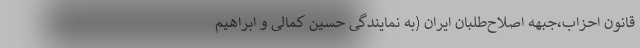
قانون احزاب،جبهه اصلاح‌طلبان ایران (به نمایندگی حسین کمالی و ابراهیم